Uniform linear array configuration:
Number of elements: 16
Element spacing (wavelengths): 0.25
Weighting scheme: exponential
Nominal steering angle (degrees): -45
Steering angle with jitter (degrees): -45.533
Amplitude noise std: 0.05
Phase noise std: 0.05

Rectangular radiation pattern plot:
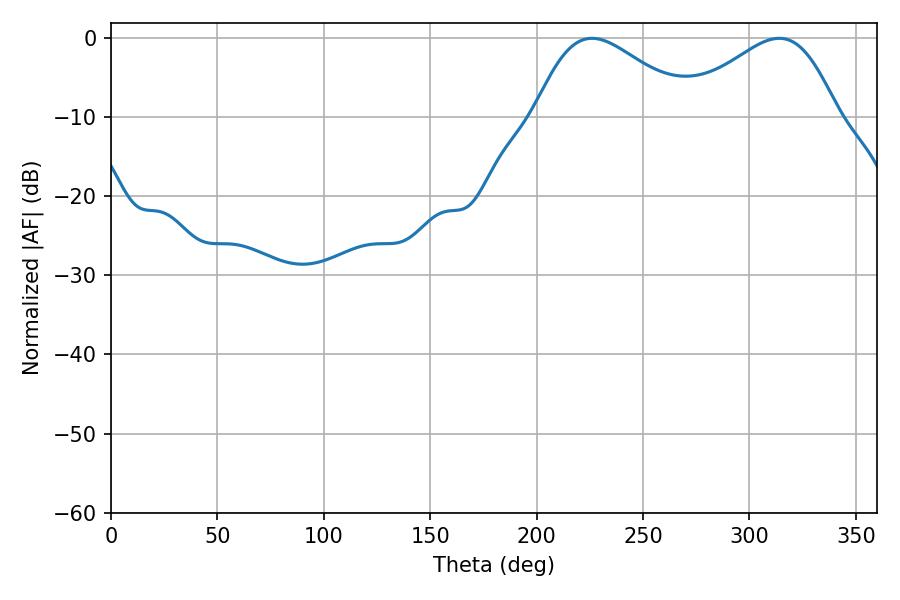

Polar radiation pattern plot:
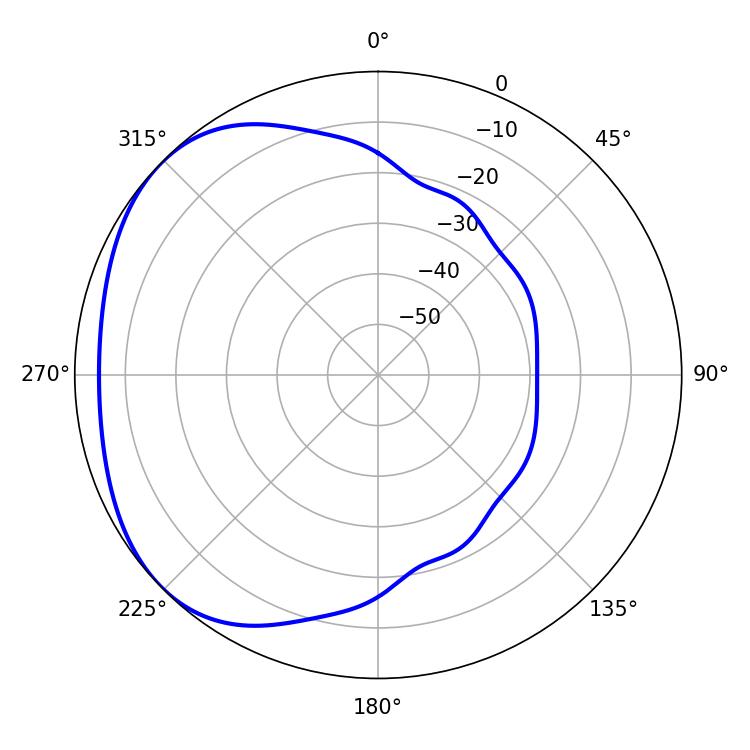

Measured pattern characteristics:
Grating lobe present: FALSE
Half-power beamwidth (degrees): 39.24
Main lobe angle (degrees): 226.08